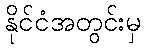
နိုင်ငံအတွင်းမှ